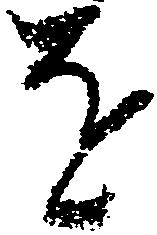
を